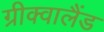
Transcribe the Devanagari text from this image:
ग्रीक्वालैंड